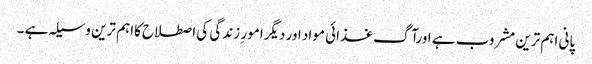
پانی اہم ترین مشروب ہے اورآگ غذائی مواد اور دیگرامور ِ زندگی کی اصطلاح کااہم ترین وسیلہ ہے ۔